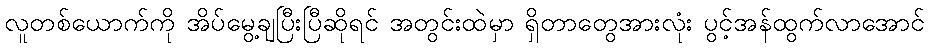
လူတစ်ယောက်ကို အိပ်မွေ့ချပြီးပြီဆိုရင် အတွင်းထဲမှာ ရှိတာတွေအားလုံး ပွင့်အန်ထွက်လာအောင်